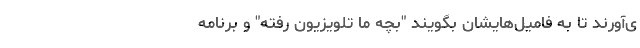
ی‌آورند تا به فامیل‌هایشان بگویند "بچه ما تلویزیون رفته" و برنامه